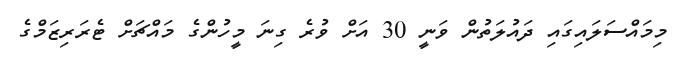
މިމައްސަލައިގައި ދައުލަތުން ވަނީ 30 އަށް ވުރެ ގިނަ މީހުންގެ މައްޗަށް ޓެރަރިޒަމްގެ